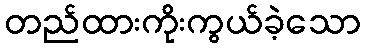
တည်ထားကိုးကွယ်ခဲ့သော